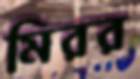
মিরর